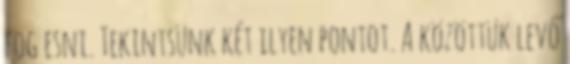
fog esni. Tekintsünk két ilyen pontot. A közöttük levő